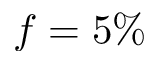
f = 5 \%